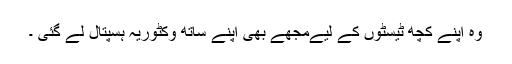
وہ اپنے کچھ ٹیسٹوں کے لیےمجھے بھی اپنے ساتھ وکٹوریہ ہسپتال لے گئی ۔